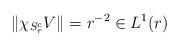
LaTeX: \begin{align*} \|\chi_{S_r^c}V\|=r^{-2}\in L^1(r) \end{align*}